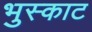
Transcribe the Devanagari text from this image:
भुस्काट